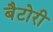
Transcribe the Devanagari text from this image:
बैटोरी